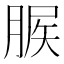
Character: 䐅